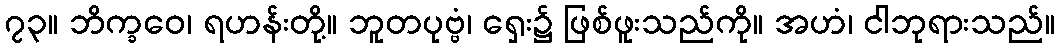
၇၃။ ဘိက္ခဝေ၊ ရဟန်းတို့။ ဘူတပုဗ္ဗံ၊ ရှေး၌ ဖြစ်ဖူးသည်ကို။ အဟံ၊ ငါဘုရားသည်။